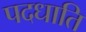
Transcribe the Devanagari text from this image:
पदधाति